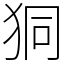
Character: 狪